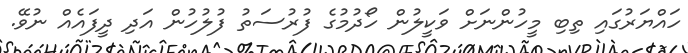
ހައްޔަރުގައި ތިބި މީހުންނަށް ވަކީލުން ހޯދުމުގެ ފުރުސަތު ފުލުހުން އަދި ދީފައެއް ނުވޭ.